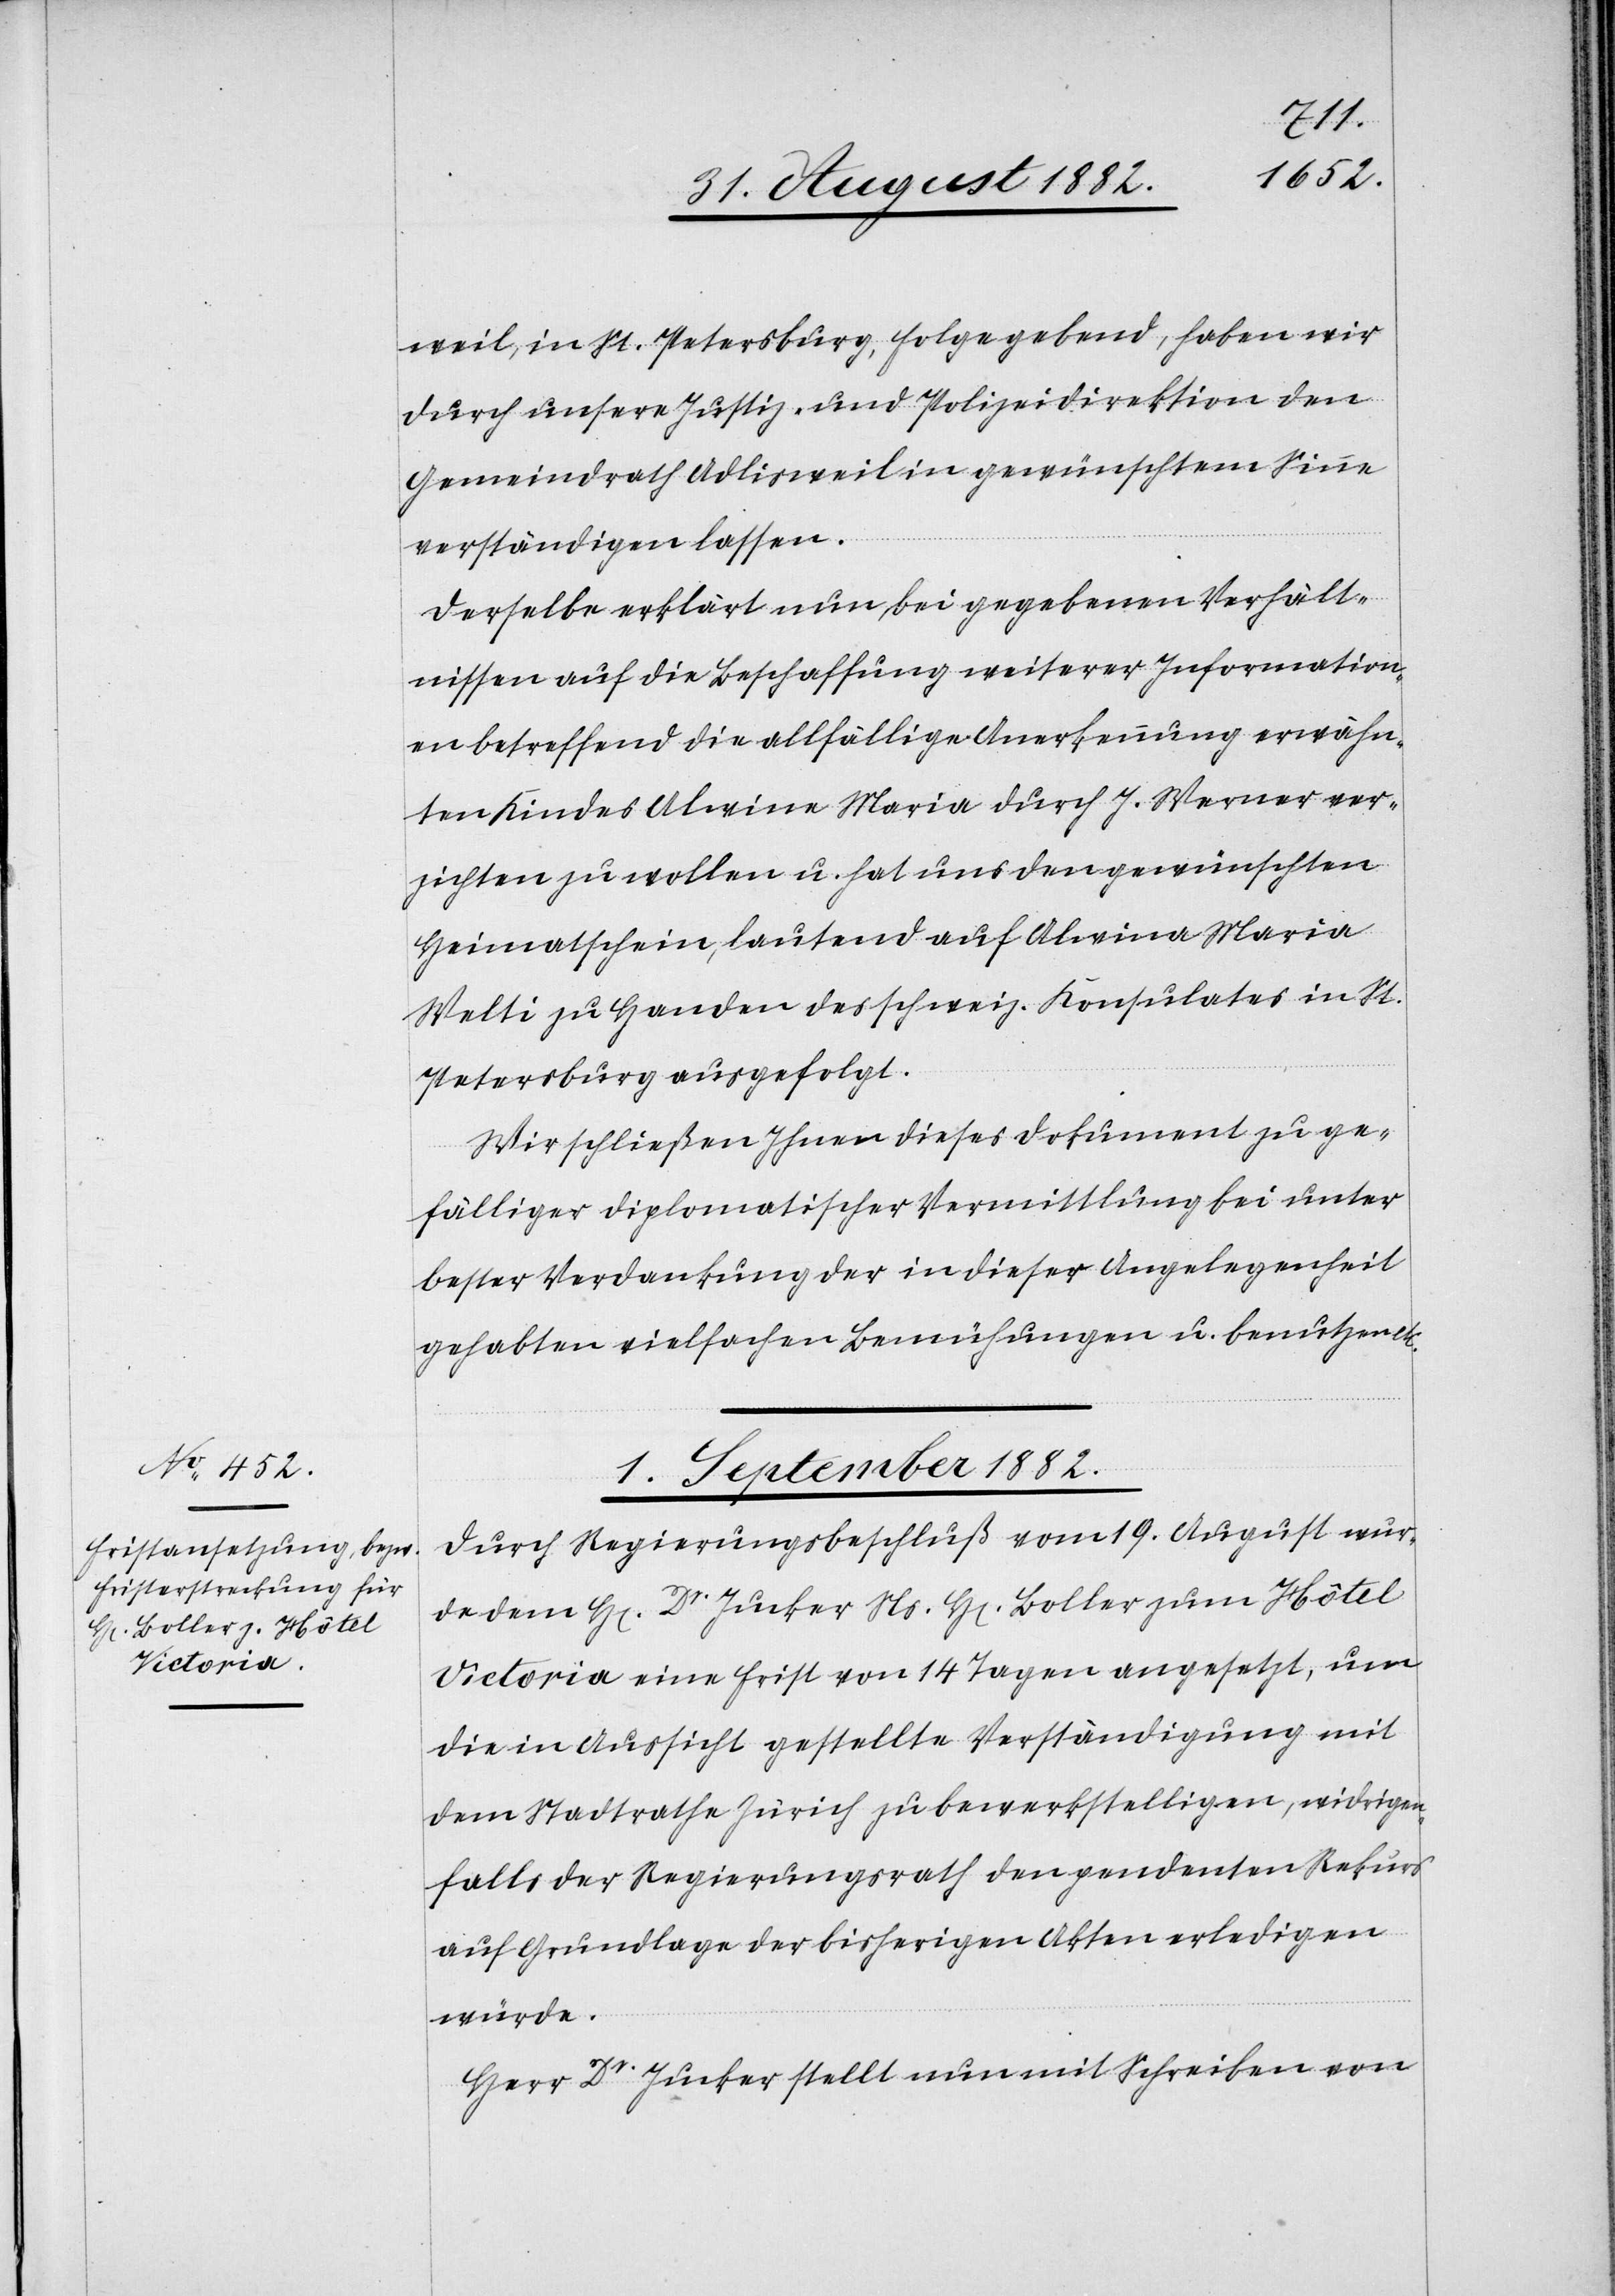
weil, in St. Petersburg, Folge gebend, haben wir
durch unsere Justiz- und Polizeidirektion den
Gemeindrath Adlisweil in gewünschtem Sinne
verständigen lassen.
Derselbe erklärt nun, bei gegebenen Verhält¬
nissen auf die Beschaffung weiterer Information¬
en betreffend die allfällige Anerkennung erwähn¬
ten Kindes Alwine Maria durch J. Werner ver¬
zichten zu wollen u. hat uns den gewünschten
Heimatschein, lautend auf Alwina Maria
Welti zu Handen des schweiz. Konsulates in St.
Petersburg ausgefolgt.
Wir schließen Ihnen dieses Dokument zu ge¬
fälliger diplomatischer Vermittlung bei unter
bester Verdankung der in dieser Angelegenheit
gehabten vielfachen Bemühungen u. benutzen
1. September 1882.
Durch Regierungsbeschluß vom 19. August wur¬
de dem H[en] Dr Jucker Ns. H[en] Boller zum Hôtel
Victoria eine Frist von 14 Tagen angesetzt, um
die in Aussicht gestellte Verständigung mit
dem Stadtrathe Zürich zu bewerkstelligen, widrigen¬
falls der Regierungsrath den pendenten Rekurs
auf Grundlage der bisherigen Akten erledigen
würde.
Herr Dr Jucker stellt nun mit Schreiben von